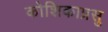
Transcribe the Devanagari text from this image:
कोशिकाप्रसु